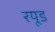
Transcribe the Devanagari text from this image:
रयूड